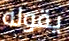
يقوله